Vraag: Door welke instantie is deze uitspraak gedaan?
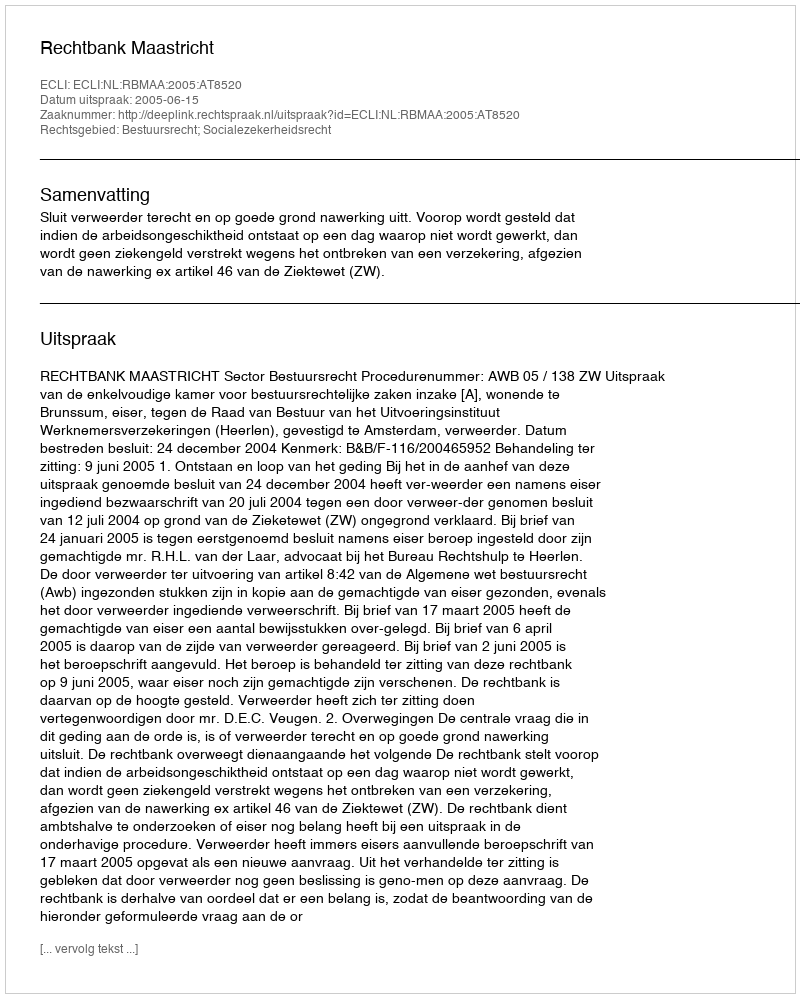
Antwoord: Rechtbank Maastricht